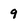
Character: 9